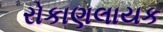
રોકાણલાયક